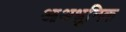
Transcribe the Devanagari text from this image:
आअधुनिक